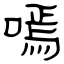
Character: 嘕